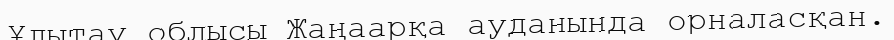
Ұлытау облысы Жаңаарқа ауданында орналасқан.